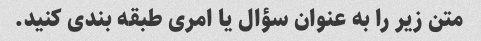
متن زیر را به عنوان سؤال یا امری طبقه بندی کنید.